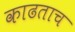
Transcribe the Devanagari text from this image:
काढताच